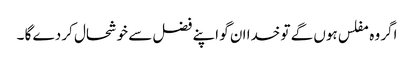
اگر وہ مفلس ہوں گے تو خدا ان گو اپنے فضل سے خوشحال کر دے گا ۔